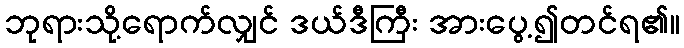
ဘုရားသို့ရောက်လျှင် ဒယ်ဒီကြီး အားပွေ့၍တင်ရ၏။